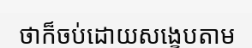
ថាក៏ចប់ដោយសង្ខេបតាម